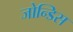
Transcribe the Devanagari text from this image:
जोन्डिस